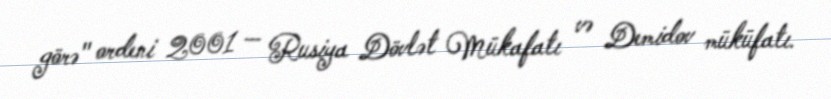
görə" ordeni 2001 — Rusiya Dövlət Mükafatı və Demidov müküfatı.